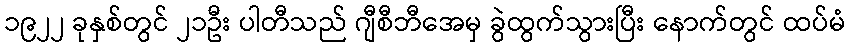
၁၉၂၂ ခုနှစ်တွင် ၂၁ဦး ပါတီသည် ဂျီစီဘီအေမှ ခွဲထွက်သွားပြီး နောက်တွင် ထပ်မံ